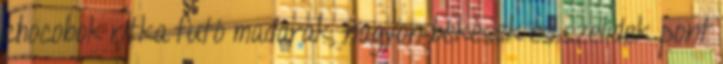
chocobok ritka futó madarak, nagyon békések és szelídek pont